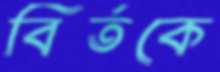
বির্তকে